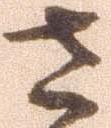
さ